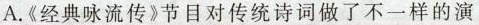
A.《经典咏流传》节目对传统诗词做了不一样的演